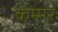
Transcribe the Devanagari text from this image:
कम्मर